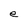
Character: e